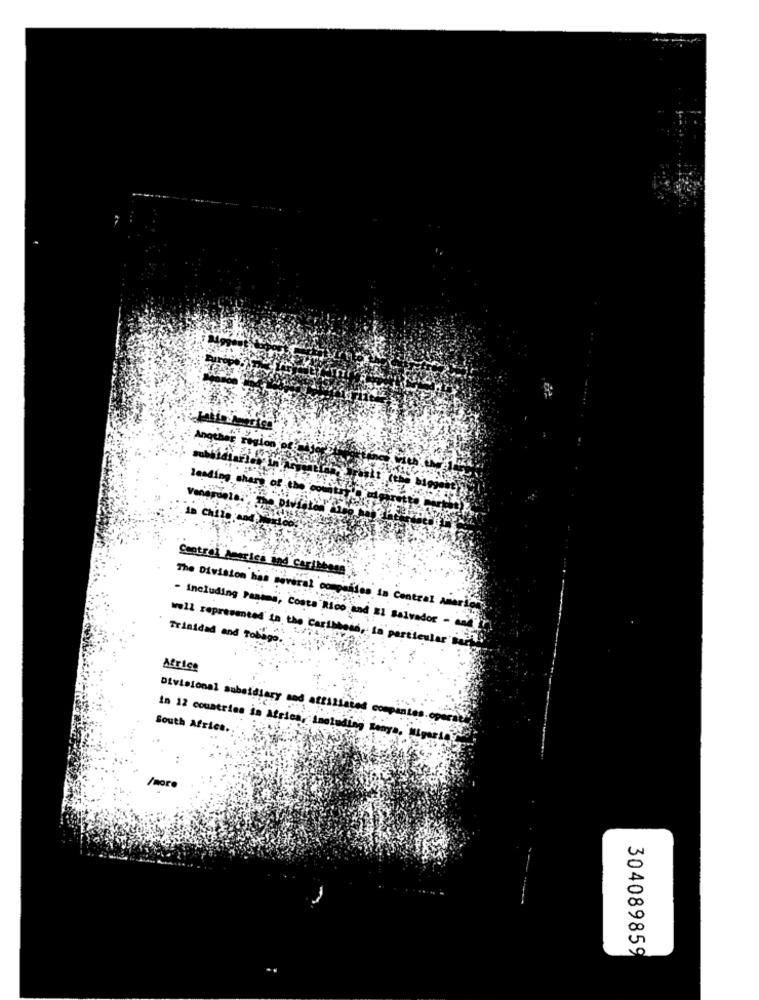
Another region e
leading share of the count
chLi
Central America and Caribbean
The Division has several companies in Central America
- including Panama, Costa Rico and El Salvador - and
Trinidad and Tobago ..
well represented to the Caribbean, in particular sai
Africe
Divisional subsidiary and atestinin
intes
South Africa.
in 12 countries in africa, including Konya. Miguelo
304089859